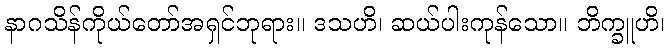
နာဂသိန်ကိုယ်တော်အရှင်ဘုရား။ ဒသဟိ၊ ဆယ်ပါးကုန်သော။ ဘိက္ခူဟိ၊